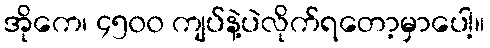
အိုကေ၊ ၄၅၀၀ ကျပ်နဲ့ပဲလိုက်ရတော့မှာပေါ့။